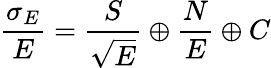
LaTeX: \frac{\sigma_{E}}{E}=\frac{S}{\sqrt{E}}\oplus\frac{N}{E}\oplus C